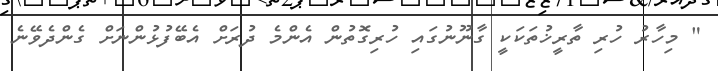
" މިހާރު ހުރި ތާރީޚުތަކަކީ ގާނޫނުގައި ހުރިގޮތުން އެންމެ ދުރަށް އެބޭފުޅުންނަށް ގެންދެވޭނެ